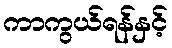
ကာကွယ်ရန်နှင့်